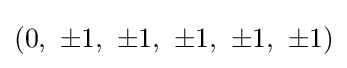
(0,\ \pm 1,\ \pm 1,\ \pm 1,\ \pm 1,\ \pm 1)